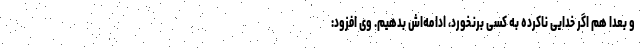
و بعدا هم اگر خدایی ناکرده به کسی برنخورد، ادامه‌اش بدهیم. وی افزود: